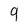
Character: 9